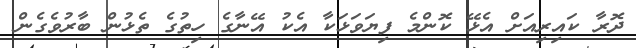
ދޮރާ ކައިރިއަށް އެޅޭ ކޮންމެ ފިޔަވަޅަކާ އެކު އޭނާގެ ހިތުގެ ތެޅުން ބާރުވެގެން